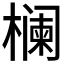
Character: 𱤚